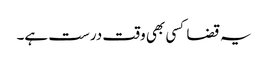
یہ قضا کسی بھی وقت درست ہے۔